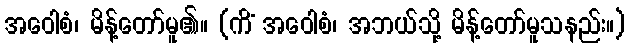
အဝေါစံ၊ မိန့်တော်မူ၏။ (ကိံ အဝေါစံ၊ အဘယ်သို့ မိန့်တော်မူသနည်း။)